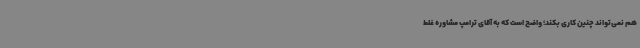
هم نمی‌تواند چنین کاری بکند؛ واضح است که به آقای ترامپ مشاوره غلط